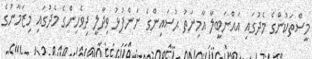
މީސްތަކުންގެ މެދުގައި އައްނަބީލާ އާމިނަތު ޙުސައިންގެ ނަންފުޅު ވިދާލީ ދިވެހިންގެ މެދުގައި މިޒަމާނުގެ